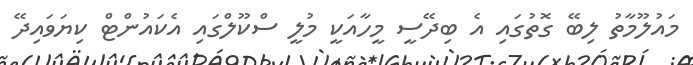
މައުލޫމާތު ލިބޭ ގޮތުގައި އެ ބިދޭސީ މީހާއަކީ މުލީ ސްކޫލްގައި އެކައުންޓް ކިޔަވައިދޭ